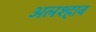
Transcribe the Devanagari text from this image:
अलश्हाब